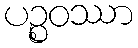
ပဉ္စဝဿာ